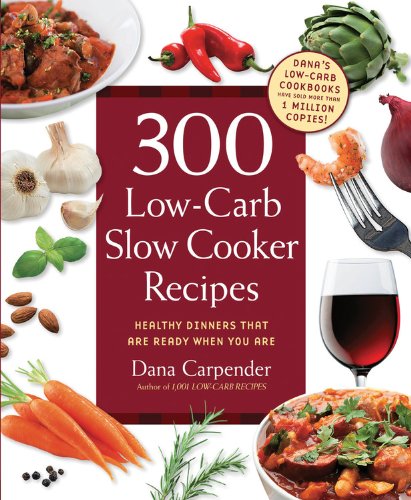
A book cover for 300 Low-Carb Slow Cooker Recipes: Healthy Dinners that are Ready When You Are; Dana Carpender; Health, Fitness & Dieting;